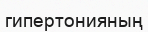
гипертонияның